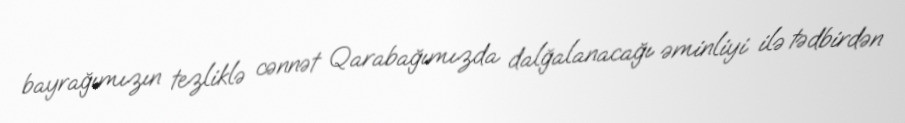
bayrağımızın tezliklə cənnət Qarabağımızda dalğalanacağı əminliyi ilə tədbirdən